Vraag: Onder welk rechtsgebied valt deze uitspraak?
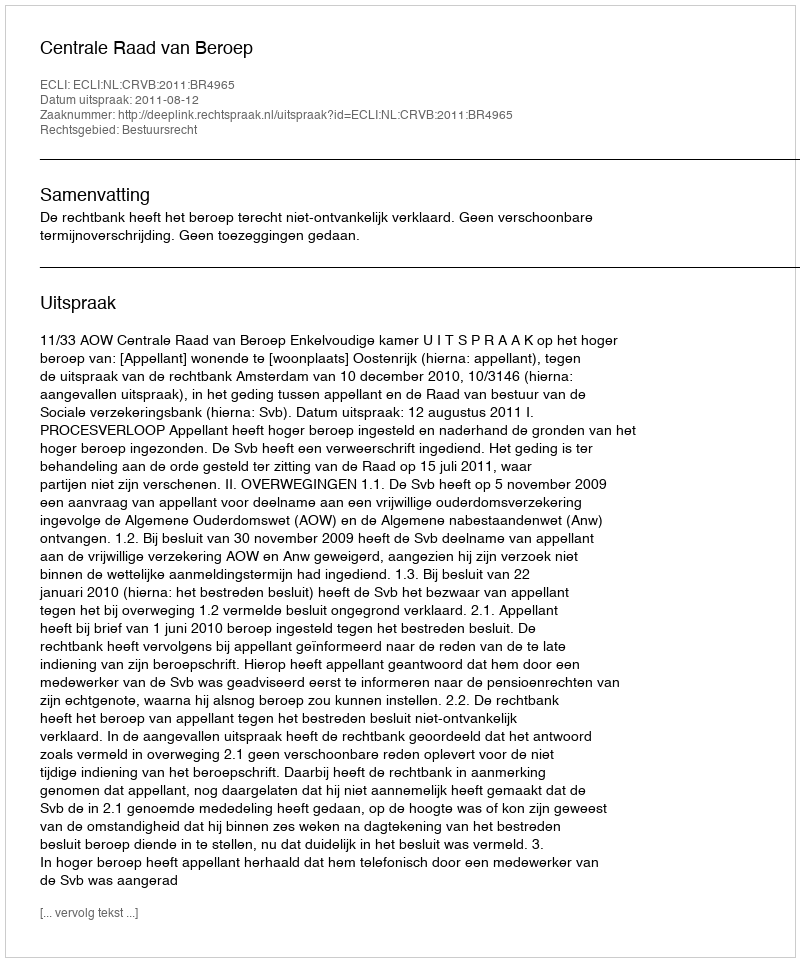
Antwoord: Bestuursrecht